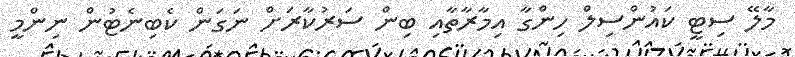
މާލޭ ސިޓީ ކައުންސިލް ހިންގާ އިމާރާތާއި ބިން ސަރުކާރަށް ނަގަން ކެބިނެޓުން ނިންމީ